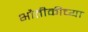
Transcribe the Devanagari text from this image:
भौतीकीच्या